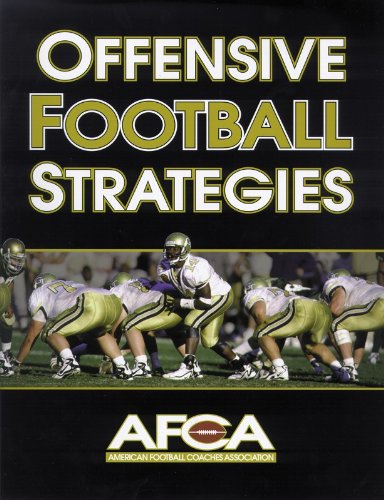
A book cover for Offensive Football Strategies; American Football Coaches Association; Sports & Outdoors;